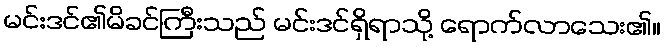
မင်းဒင်၏မိခင်ကြီးသည် မင်းဒင်ရှိရာသို့ ရောက်လာသေး၏။